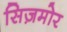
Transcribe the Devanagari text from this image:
सिज़मोर